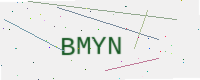
Text: BMYN